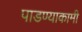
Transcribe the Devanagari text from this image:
पाडण्याकामी